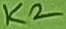
Text: K2